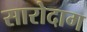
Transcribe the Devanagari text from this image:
सारोदाग